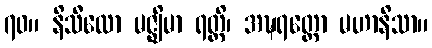
၇၀။ နိသီထော မဇ္ဈိမာ ရတ္တိ၊ အဍ္ဎရတ္တော မဟာနိသာ။